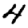
Digit: 4